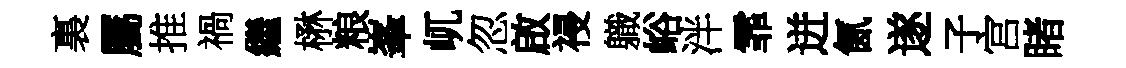
裏屬推禍繼楙粮峯屼忽啟祲軄峪泮霏迸氤遂子宫睹